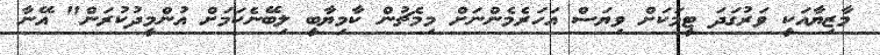
މާޒިޔާއަކީ ވަރުގަދަ ޓީމަކަށް ވިޔަސް އަހަރެމެންނަށް މިމެޗުން ކާމިޔާބީ ލިބޭނެކަމަށް އުންމީދުކުރަން" އޭނާ